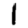
Digit: 1